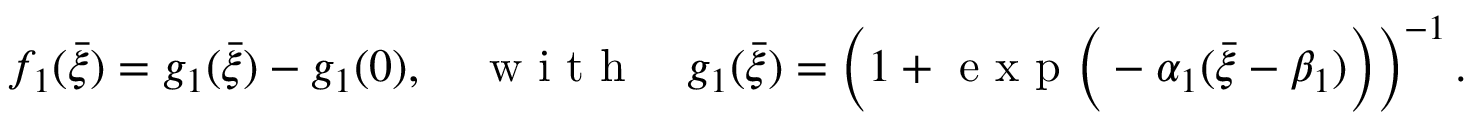
f _ { 1 } ( \bar { \xi } ) = g _ { 1 } ( \bar { \xi } ) - g _ { 1 } ( 0 ) , \quad \mathrm { ~ w ~ i ~ t ~ h ~ } \quad g _ { 1 } ( \bar { \xi } ) = \left( 1 + \mathrm { ~ e ~ x ~ p ~ } \Big ( - \alpha _ { 1 } ( \bar { \xi } - \beta _ { 1 } ) \Big ) \right) ^ { - 1 } .